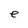
Character: e